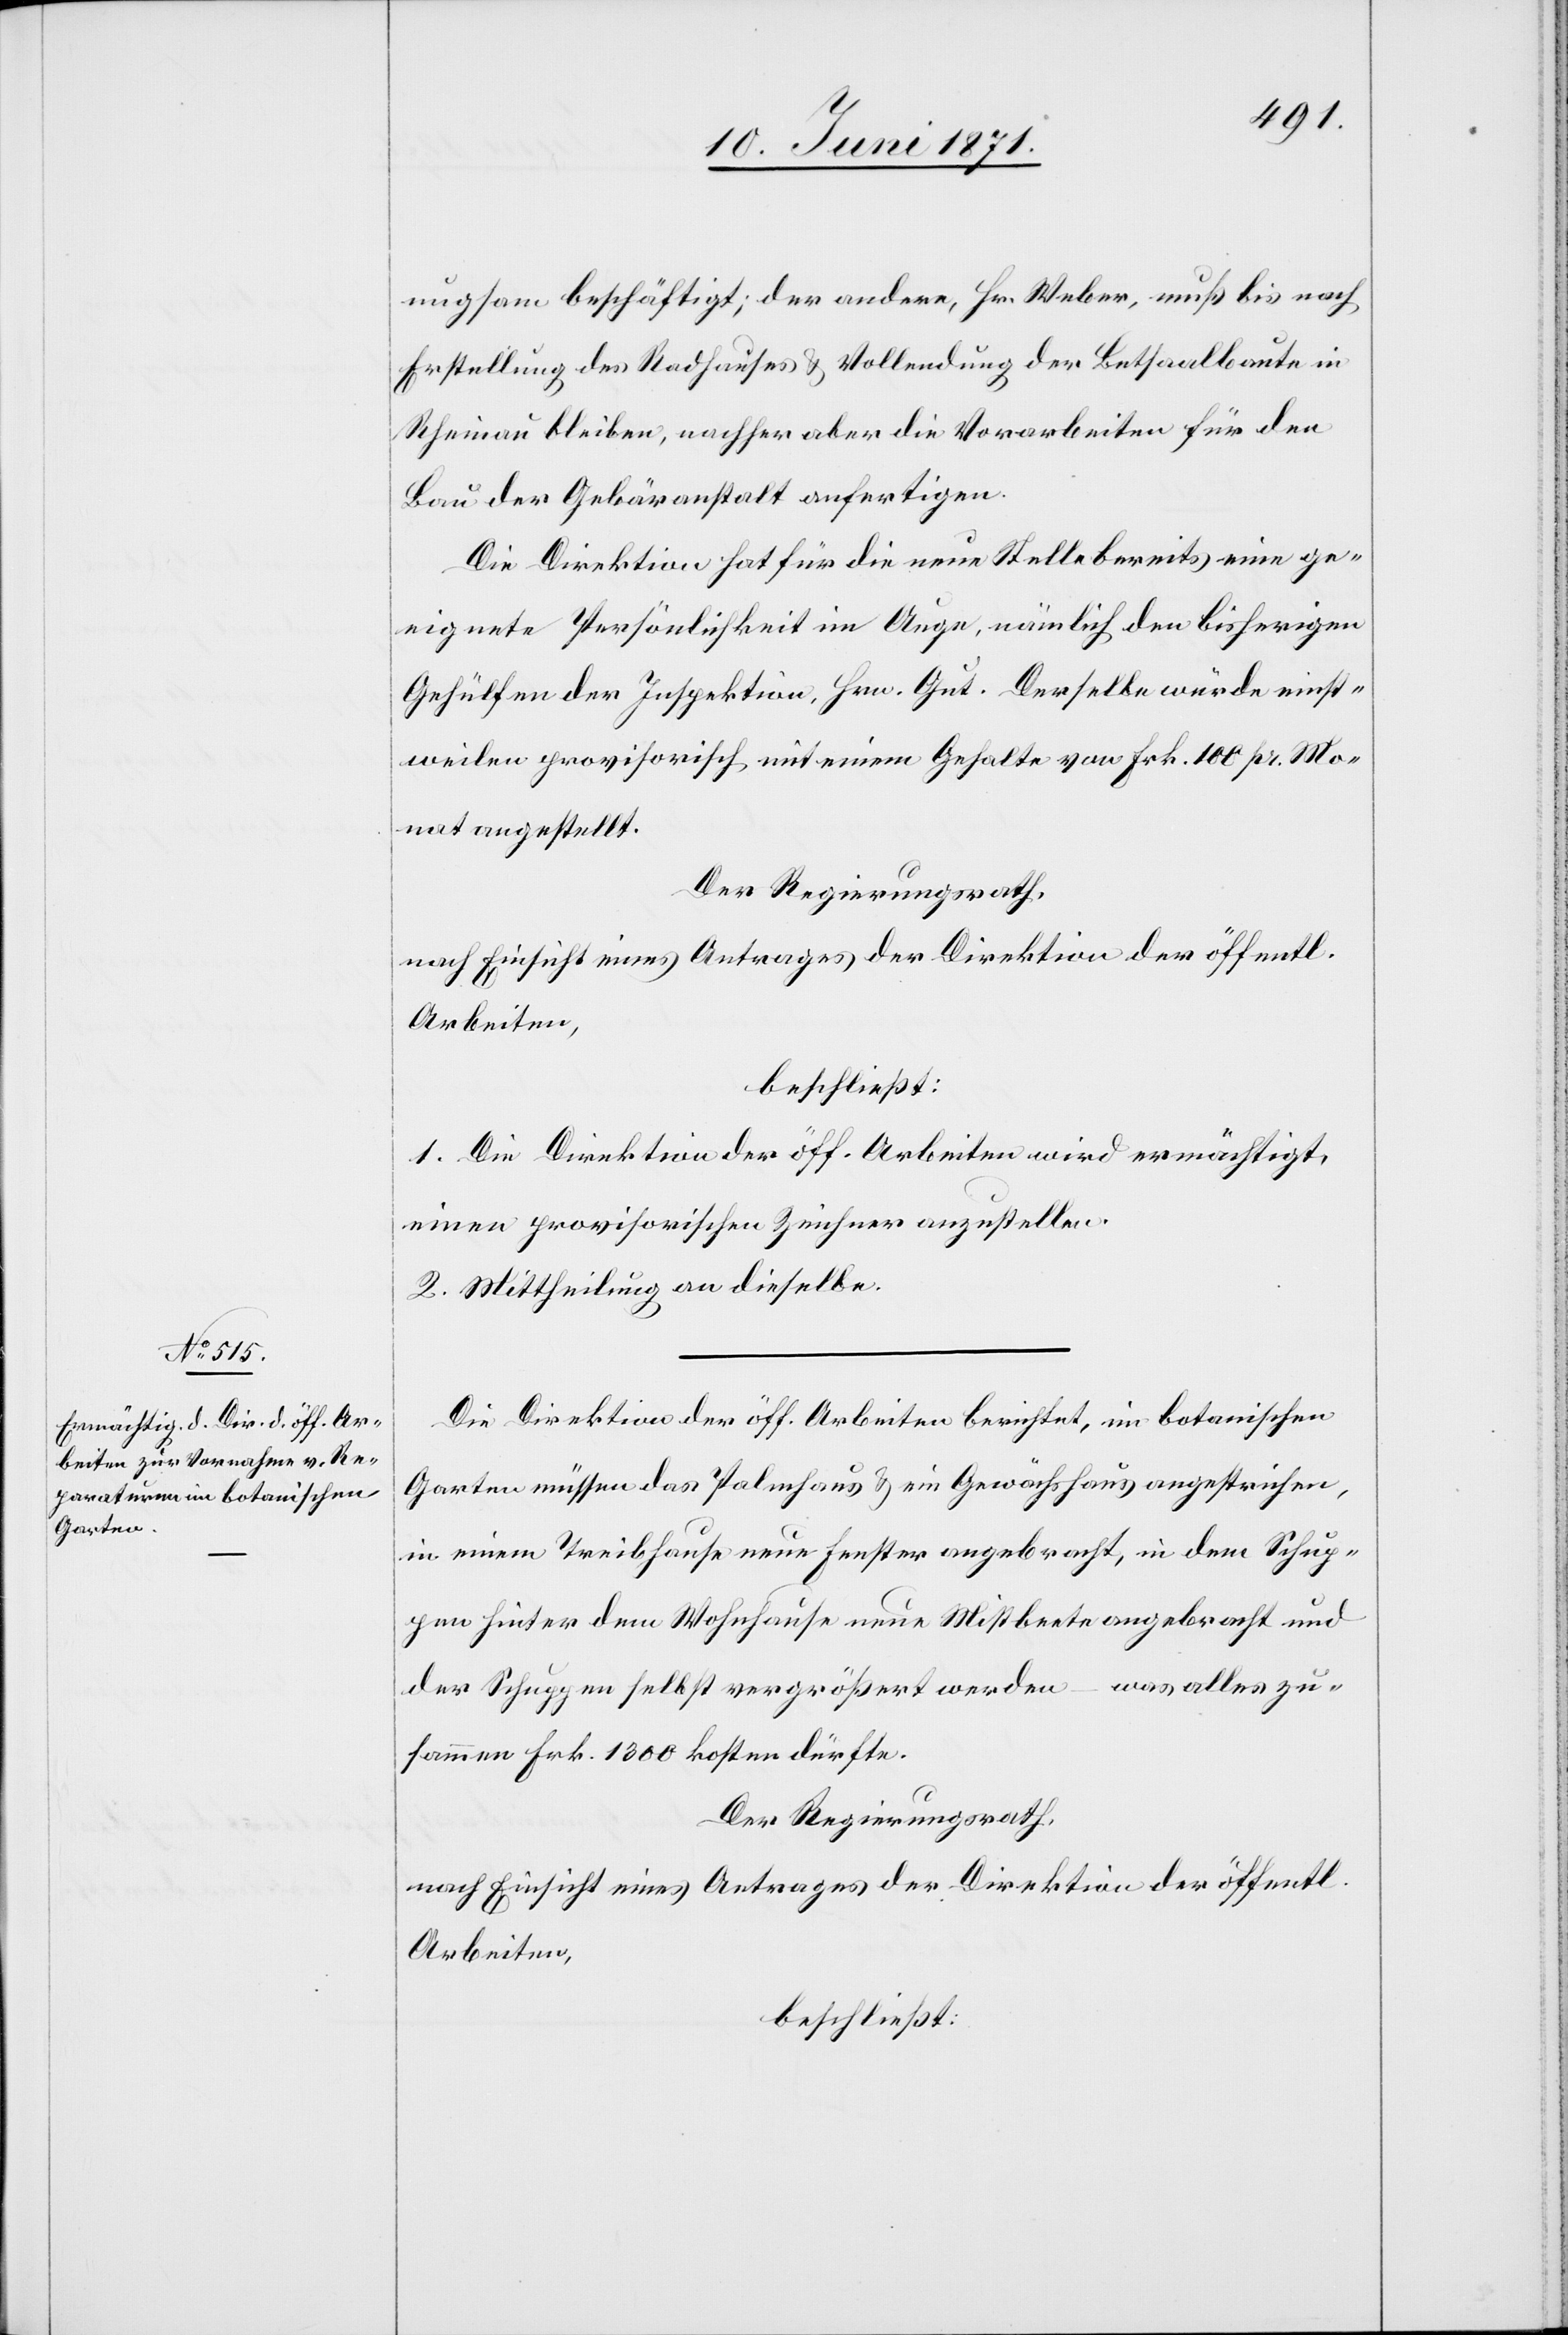
nugsam beschäftigt; der andere, Hr. Weber, muß bis nach
Erstellung des Radhauses u. Vollendung der Betsaalbaute in
Rheinau bleiben, nachher aber die Vorarbeiten für den
Bau der Gebäranstalt anfertigen.
Die Direktion hat für die neue Stelle bereits eine ge¬
eignete Persönlichkeit im Auge, nämlich den bisherigen
Gehülfen der Inspektion, Hrn. Gut. Derselbe würde einst¬
weilen provisorisch mit einem Gehalte von Frk. 100 pro. Mo¬
nat angestellt.
Der Regierungsrath,
nach Einsicht eines Antrages der Direktion der öffentl.
Arbeiten,
beschließt:
1. Die Direktion der öff. Arbeiten wird ermächtigt,
einen provisorischen Zeichner anzustellen.
2. Mittheilung an dieselbe.
Die Direktion der öff. Arbeiten berichtet, im botanischen
Garten müssen das Palmhaus u. ein Gewächshaus angestrichen,
in einem Treibhause neue Fenster angebracht, in dem Schup¬
pen hinter dem Wohnhause neue Mistbeete angebracht und
der Schuppen selbst vergrößert werden – was alles zu¬
sammen Frk. 1300 kosten dürfte.
Der Regierungsrath,
nach Einsicht eines Antrages der Direktion der öffentl.
Arbeiten,
beschließt: